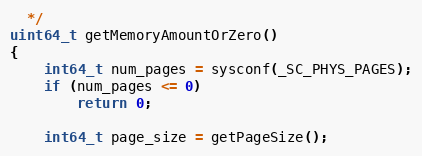
Language: C++
  */
uint64_t getMemoryAmountOrZero()
{
    int64_t num_pages = sysconf(_SC_PHYS_PAGES);
    if (num_pages <= 0)
        return 0;

    int64_t page_size = getPageSize();